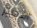
التمييز